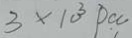
3 \times 1 0 ^ { 3 } P c c